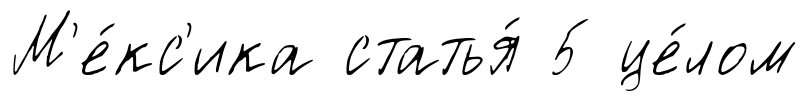
М'е́кс'ика статья́ 5 це́лом